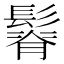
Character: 𩮦